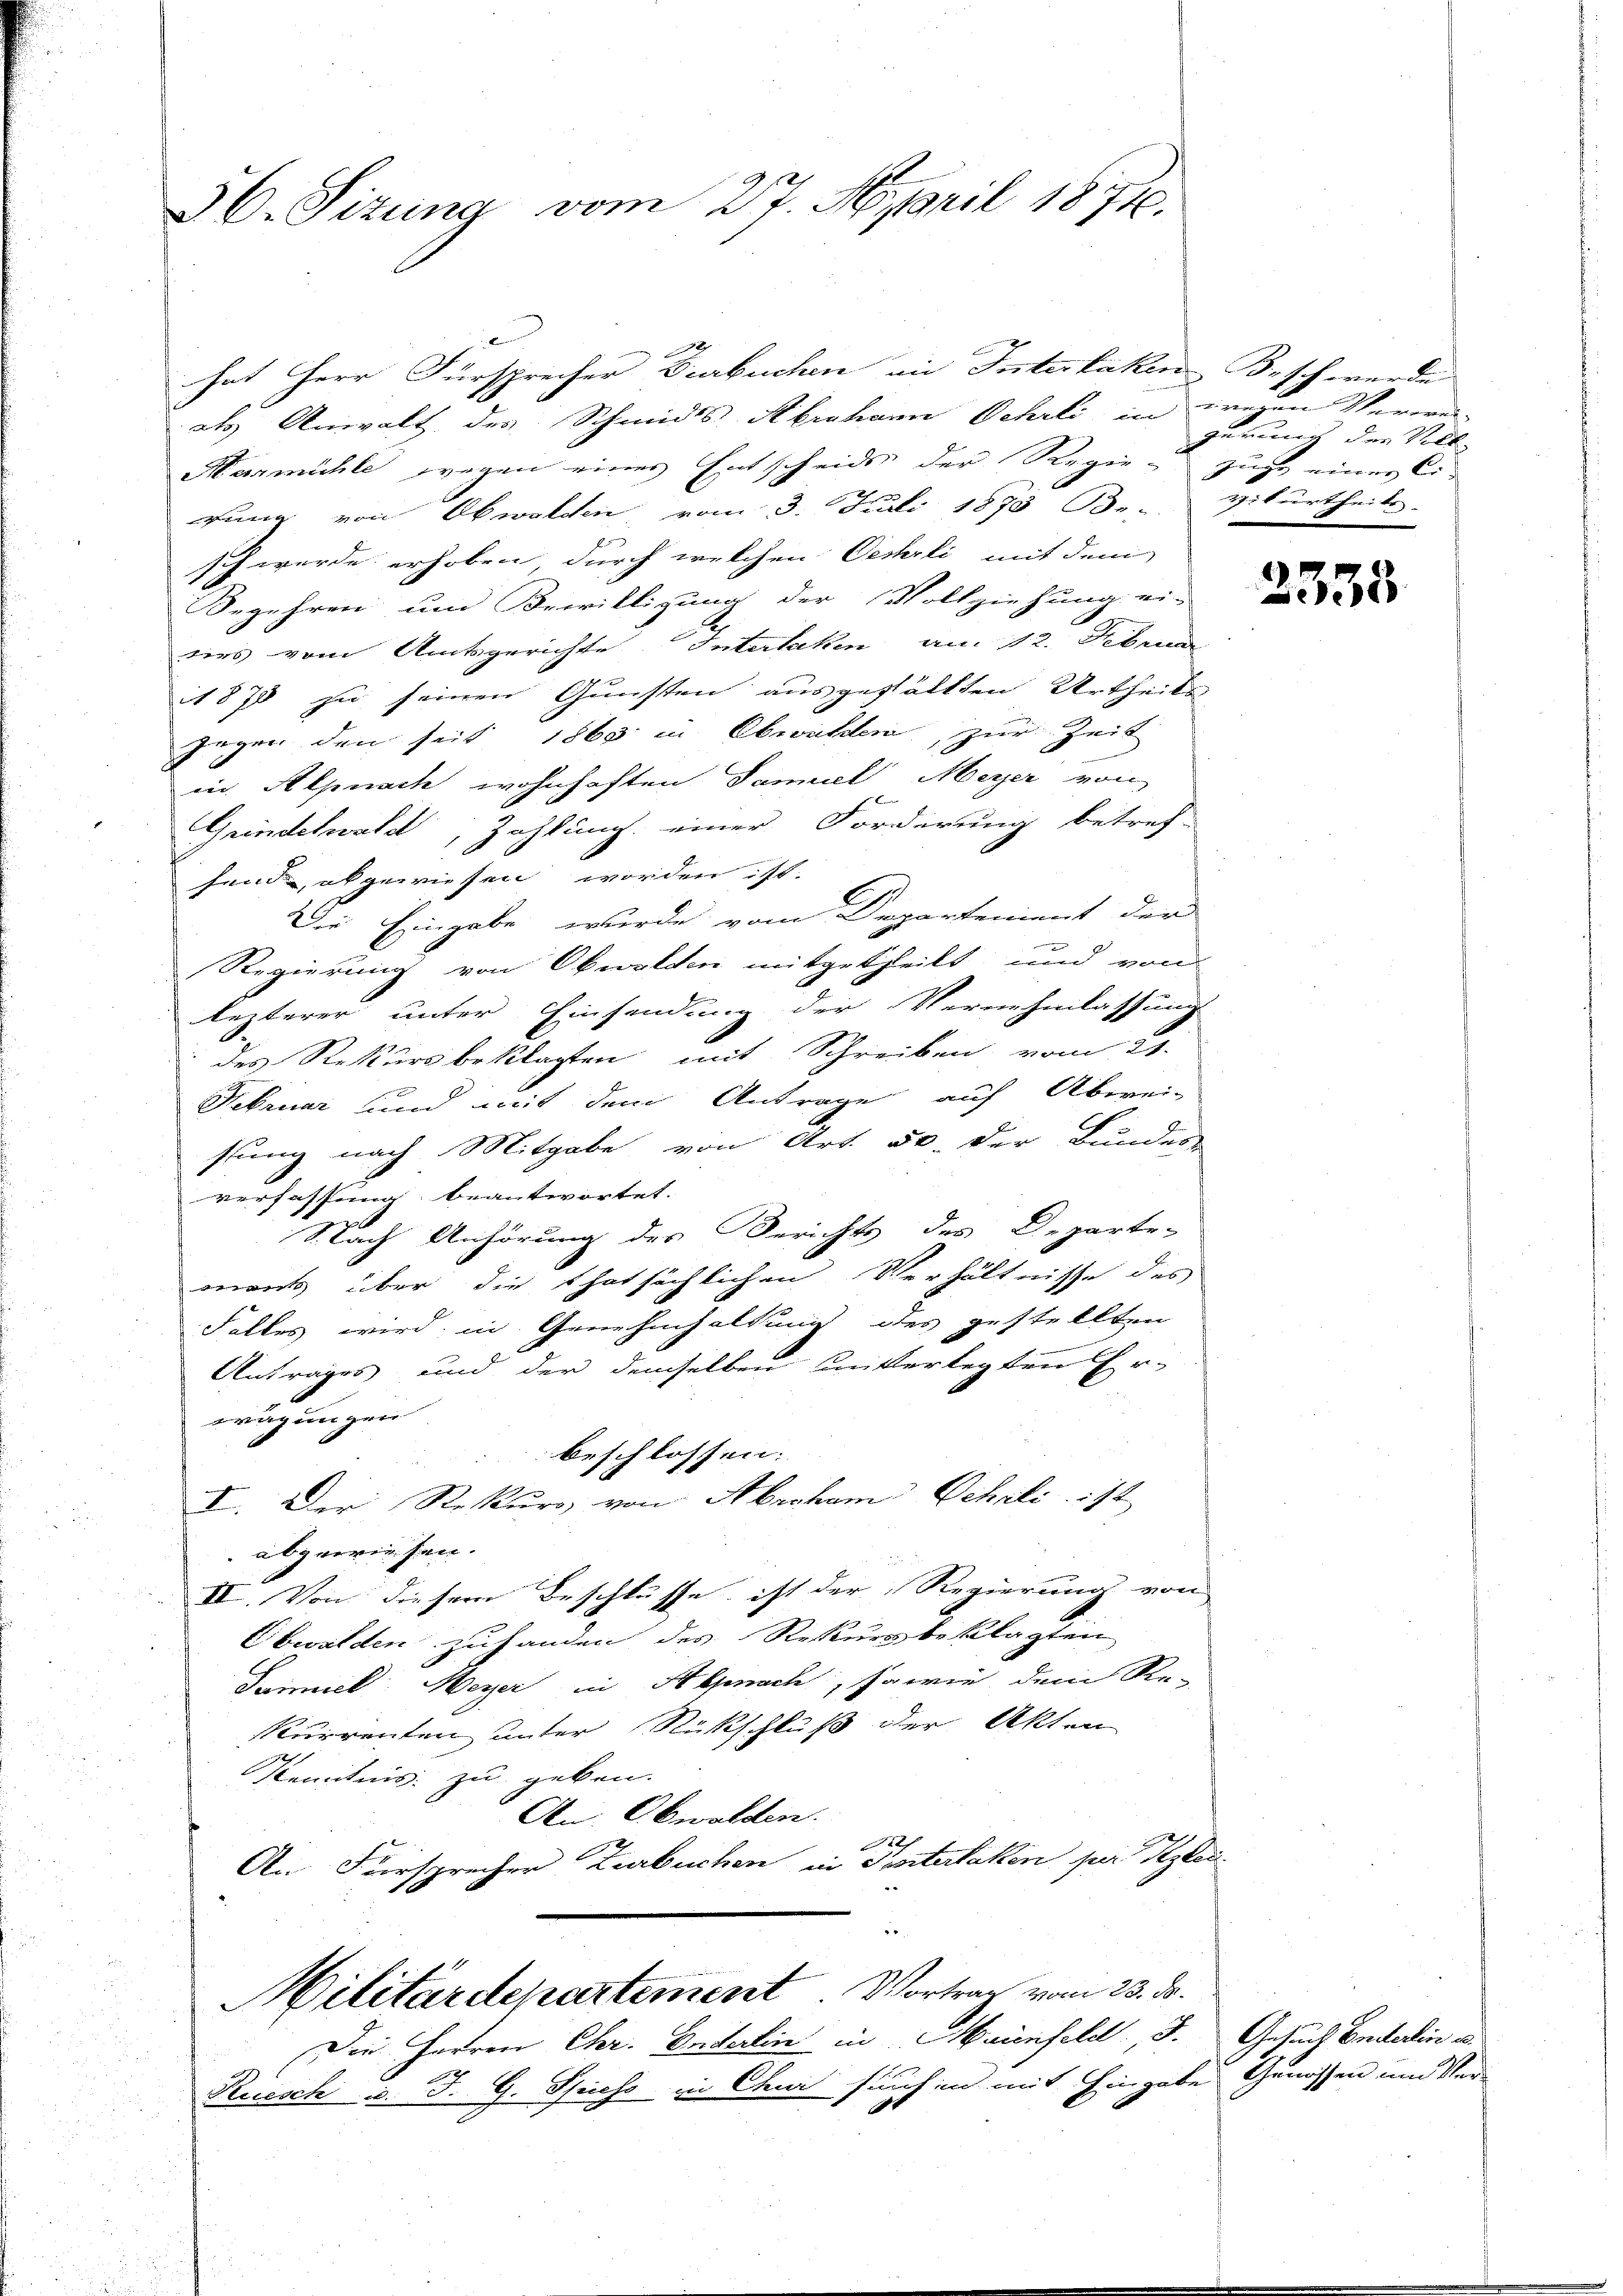
hat Herr Fürsprecher Diarbuchen im Interlaken Beschwerde |
als Anwalt des Schmidts Abrahann Oehrli in wegen Verwei-
Mermühle wegen eines Entscheids der Regien zuge einer Cigung von Obwalden vom 3. Juli 1873 Be- Zilurtheits-
schwerde erhoben, durch welchen Oechrli mit dem
Begehren um Bewilligung der Vollziehung ei-
dirs vom Amtsgerichte Interlaken an. 12. Februar
it 870 zu seinen Gunsten ausgefällten Urtheils
Gegen den seit 1863 in Obwalden, zur Zeit
in Alpnach wohnhaften Samuel Meyer von
Grindelwald, Zahlung einer Forderung betref-
fend abgewiesen worden ist.
Die Eingabe wurde vom Departement der
Regierung von Obwalden mitgetheilt und von
lezterer unter Einsendung der Vernehmlassung
des Rekursbeklagten mit Schreiben vom 21.
Februar und mit dem Antrage auf Überei-
sung nach Mitgabe von Art. 50. Der Bundes-
verfassung beantwortet.
Nach Anhörung des Berichts des Departe-
mant über die thatsächlichen Verhältnisse des
Falles wird in Genehmhaltung des gestellten
Antrages und der demselben unterlegten Er-
wägungen
beschlossen:
e
I. Der Rekurs von Abraham Schali ist
abgewiesen.
II. Von diesem Beschlüsse, ist der Regierung von
Obwalden zuhanden des Rekursbeklagten
Dammel. Meyer in Alpnach, so wie dem Re-
kurrenten unter Rückschluß der Akten
Kenntnis zu geben.
An: Obwalden.
1
An Fürsprecher Zurbuchen in Seiterlaken per Reglei

56. Sizung vom 27. April 1874.

Militärdepartement. Vortrag vom 23. ds.
Die Herren Chr. Enderlin in Maienfeld. d.

gerung der Voll

Ruesch u. J. G. Spieso in Chri such in mit Hingabe

2338

Gesuch Enterlin u.
Gemissen und Ver¬